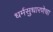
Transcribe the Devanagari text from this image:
धर्मसुधारणेचा